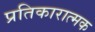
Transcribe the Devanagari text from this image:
प्रतिकारात्मक